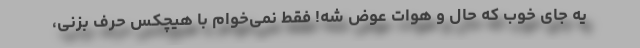
یه جای خوب که حال و هوات عوض شه! فقط نمی‌خوام با هیچکس حرف بزنی،